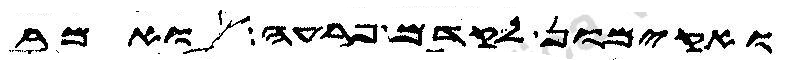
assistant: ואקימון לקדם פרעה ואמר